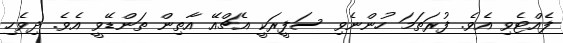
ފެއްޓެވި އެވެ. ފުރަތަމަ ހުންނެވި ސަފީރަކީ އެޗްއޭ އާތިން ތަންޑޭވީ އެވެ. ދިވެހި